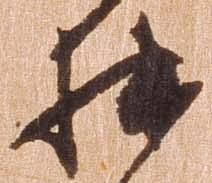
拙